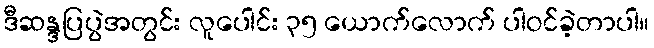
ဒီဆန္ဒပြပွဲအတွင်း လူပေါင်း ၃၅ ယောက်လောက် ပါဝင်ခဲ့တာပါ။